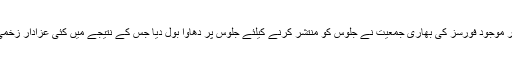
موقعہ پر موجود فورسز کی بھاری جمعیت نے جلوس کو منتشر کرنے کیلئے جلوس پر دھاوا بول دیا جس کے نتیجے میں کئی عزادار زخمی ہوئے۔